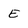
Character: E